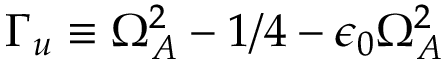
\Gamma _ { u } \equiv \Omega _ { A } ^ { 2 } - 1 / 4 - \epsilon _ { 0 } \Omega _ { A } ^ { 2 }